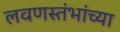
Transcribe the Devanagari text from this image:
लवणस्तंभांच्या